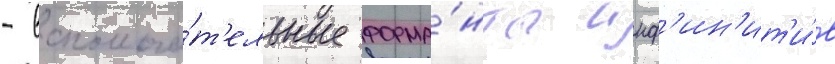
- вспомога́т'ельные форма́нты инф'ин'ит'и́в